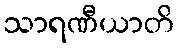
သာရဏီယာတိ